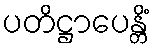
ပတိဋ္ဌာပေန္တိံ